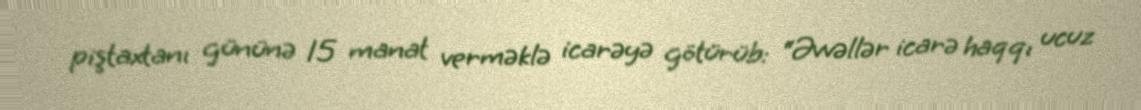
piştaxtanı gününə 15 manat verməklə icarəyə götürüb: “Əvvəllər icarə haqqı ucuz